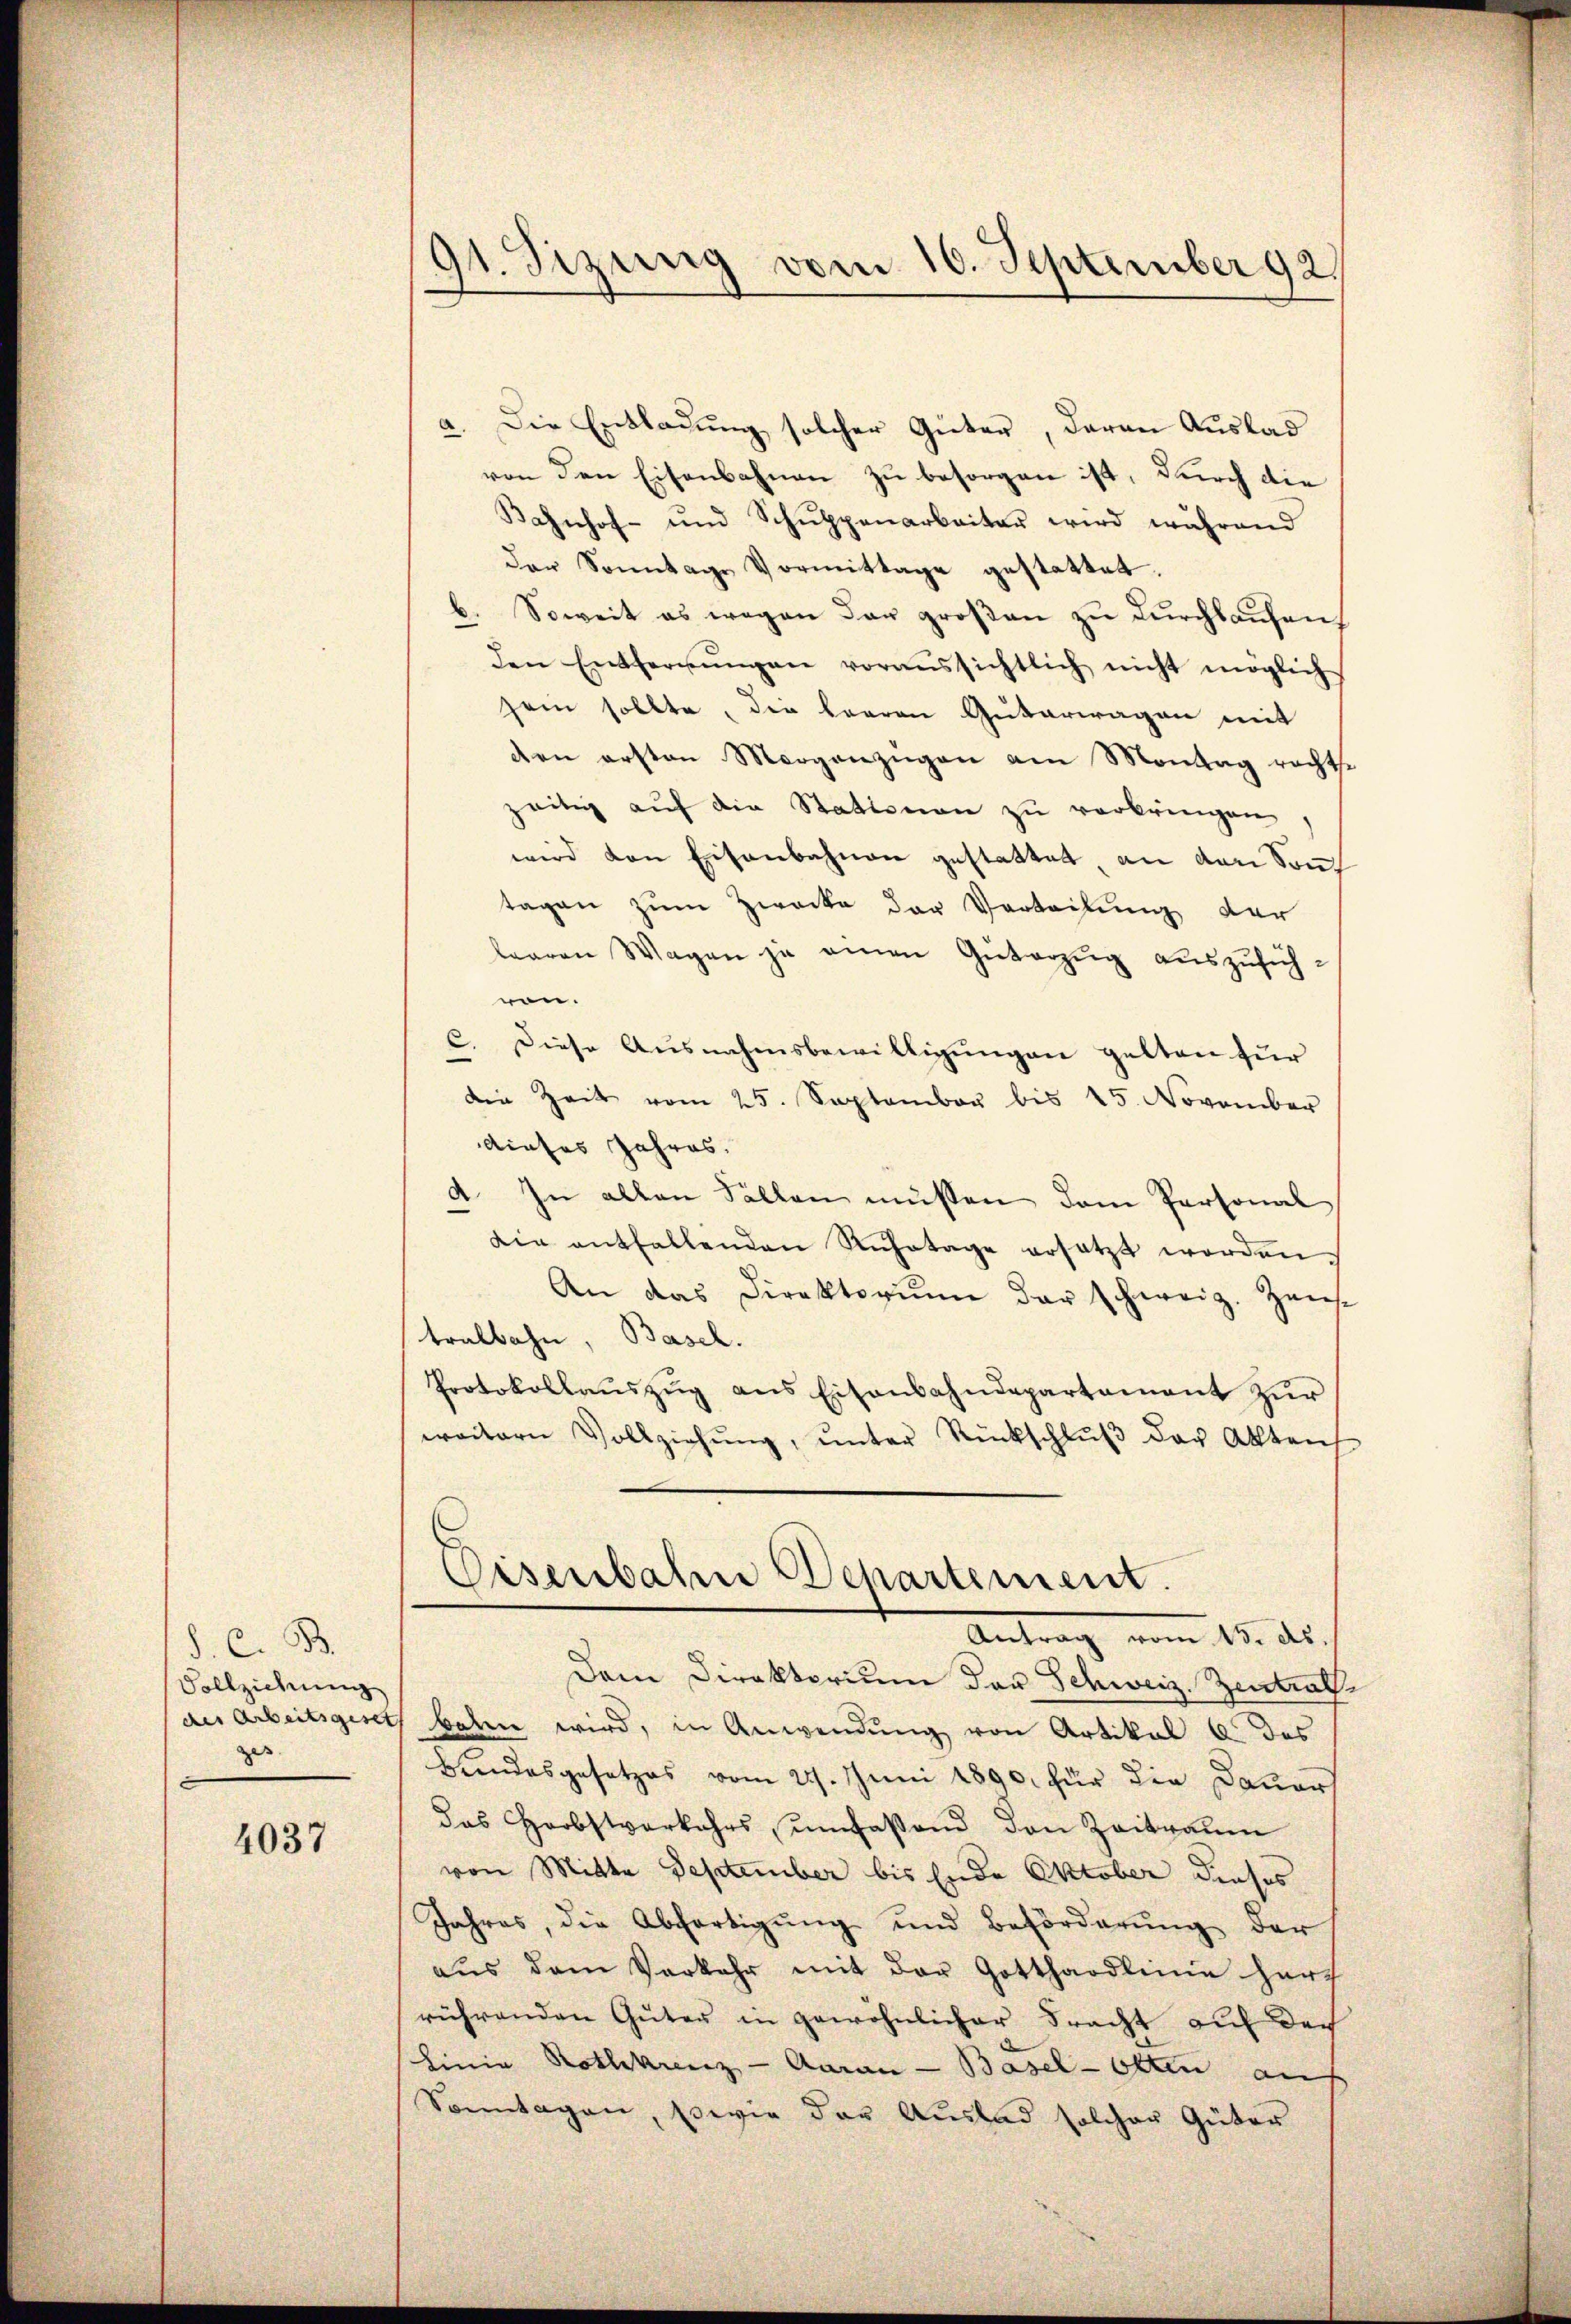
d. C. B.
Vollziehung
des Arbeitsgeset
ges. |

4037

91. Sizung vom 10. September 92

a. Die Entladung solcher Güter, daran Auslad
von den Eisenbahnen zu besorgen ist, durch die
Bahnhof- und Schŭppenarbeiter wird während
der Sonntage Vormittage gestattet.
b. Soweit es wegen der großen zu durchlaufen.
den Entfernŭngen voraŭssichtlich nicht möglich
sein sollte, die baaren Güterwagen mit
den ersten Morgenzŭgen am Montag rechtse
zeitig aŭf die Stationen zŭ verbringen,
wird von Eisenbahnen gestattet, an den Sonnt
tagen zum Zwecke der Verteilung der
baaren Wagen zu einen Güterzug auszuführen.
c. Diese Ausnahmsbewilligŭngen gelten für
Die Zeit vom 25. September bis 15. November
dieses Jahres.
a. In allen Fällen müssen dem Personal
die entfallenden Ruhetage ersetzt worden.
An das Direktorium der schweiz. Zens
tralbahn, Basel.
Protokollaŭszŭg ans Eisenbahndepartement zŭr
weitern Vollziehŭng ŭnter Rückschlŭβ der Akten
Eisenbahn Departement.
Antrag vom 15. ds.
Dem Direktorium der Schweiz. Zentralbaten wird, in Anwendung von Artikal 6 des
Bundesgesetzes vom 27. Juni 1890. für die Dauers
das Herbstverkehrs, umfaßend den Zeitraum
von Mitte September bis Ende Oktober dieses
Jahres, die Abfertigŭng und Beförderŭng der
aŭs dem Verkehr mit der Gotthardlinie herz
rührenden Güter in gewöhnlicher Fracht auf doch
Linie Rothkreuz - Aarau - Basel - Otten an
Sonntagen, sowie der Auslad solcher Güter